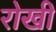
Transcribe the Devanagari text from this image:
रोखी